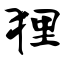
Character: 狸